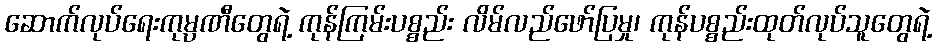
ဆောက်လုပ်ရေးကုမ္ပဏီတွေရဲ့ ကုန်ကြမ်းပစ္စည်း လိမ်လည်ဖော်ပြမှု၊ ကုန်ပစ္စည်းထုတ်လုပ်သူတွေရဲ့